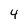
Character: 4